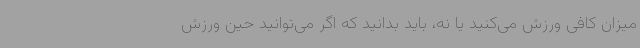
میزان کافی ورزش می‌کنید یا نه، باید بدانید که اگر می‌توانید حین ورزش